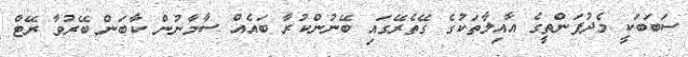
ސަބަބަކީ މެދުފަންތީގެ އާއިލާތަކުގެ ގޭތެރޭގައި ބޭނުންކުރާ ބައެއް ސާމާނުން ކާބަން ބޭރުވާ ރޭޓް